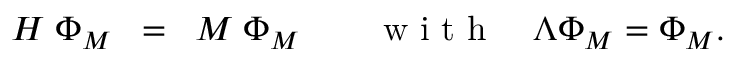
{ \cal H } \; \Phi _ { M } \; \; = \; \; M \; \Phi _ { M } \quad \quad \textrm { w i t h } \quad \Lambda \Phi _ { M } = \Phi _ { M } .